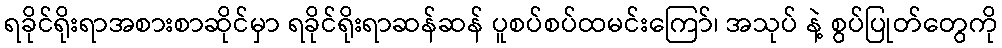
ရခိုင်ရိုးရာအစားစာဆိုင်မှာ ရခိုင်ရိုးရာဆန်ဆန် ပူစပ်စပ်ထမင်းကြော်၊ အသုပ် နဲ့ စွပ်ပြုတ်တွေကို